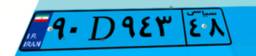
۹۰D۹۴۳۴۸